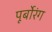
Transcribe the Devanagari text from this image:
पूर्बोरंग